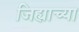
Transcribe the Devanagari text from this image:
जिह्याच्या